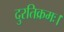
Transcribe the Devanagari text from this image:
दुरतिक्रमः।